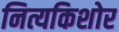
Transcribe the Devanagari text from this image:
नित्यकिशोर